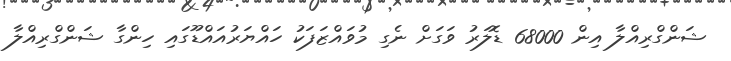
ޝަންގްރިއްލާ އިން 68000 ޑޮލަރު ވަގަށް ނެގި މުވައްޒަފަކު ހައްޔަރުއައްޑޫގައި ހިންގާ ޝަންގްރިއްލާ